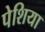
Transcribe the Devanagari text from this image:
पेशिया